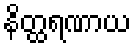
နိတ္ထရဏာယ